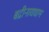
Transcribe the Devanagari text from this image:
बद्रीनाथधाम